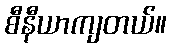
စီနီယာကျတယ်။